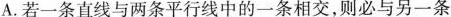
A.若一条直线与两条平行线中的一条相交，则必与另一条